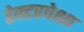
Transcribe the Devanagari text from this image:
हेक्टरपेक्षा